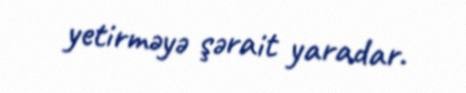
yetirməyə şərait yaradar.